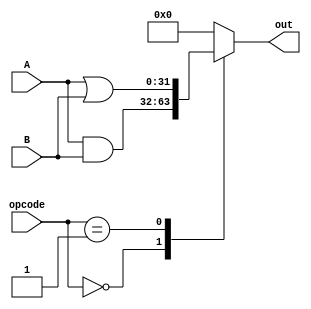
module logicUnit (A, B, opcode, out);
    input[31:0] A, B;
    input [2:0] opcode;
    output [31:0] out;
    reg [31:0] out;

    parameter and_ = 3'b000, or_ = 3'b001;
    always @ (A or B or opcode) begin
        casex (opcode)
            and_: out = A & B;
            or_: out = A | B;
            default: out = 31'b0;
        endcase
    end

endmodule